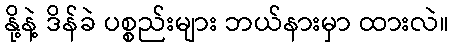
နို့နဲ့ ဒိန်ခဲ ပစ္စည်းများ ဘယ်နားမှာ ထားလဲ။